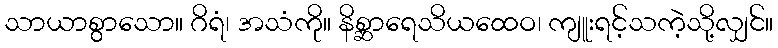
သာယာစွာသော။ ဂိရံ၊ အသံကို။ နိစ္ဆာရေသိယထေဝ၊ ကျူးရင့်သကဲ့သို့လျှင်။